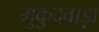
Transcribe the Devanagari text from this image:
मुकुंदवाड़ा